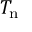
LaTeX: T _ { \mathrm { n } }